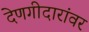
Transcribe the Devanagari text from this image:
देणगीदारांवर